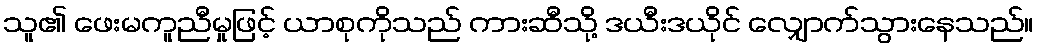
သူ၏ ဖေးမကူညီမှုဖြင့် ယာစုကိုသည် ကားဆီသို့ ဒယီးဒယိုင် လျှောက်သွားနေသည်။